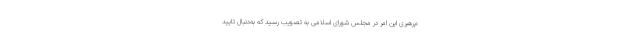
م‌رهبری این امر در مجلس شورای اسلامی به تصویب رسید که به‌دنبال تایید